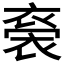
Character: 𧛁